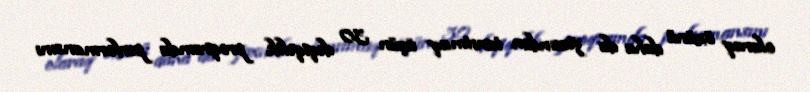
olaraq özünü daha da yaxından tanıtmaq üçün 30 dəqiqəlik proqramda performansını